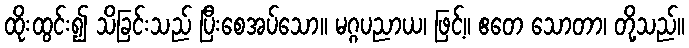
ထိုးထွင်း၍ သိခြင်းသည် ပြီးစေအပ်သော။ မဂ္ဂပညာယ၊ ဖြင့်။ ဧတေ သောတာ၊ တို့သည်။